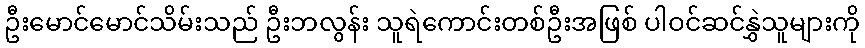
ဦးမောင်မောင်သိမ်းသည် ဦးဘလွန်း သူရဲကောင်းတစ်ဦးအဖြစ် ပါဝင်ဆင်နွှဲသူများကို